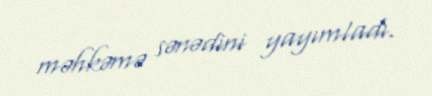
məhkəmə sənədini yayımladı.